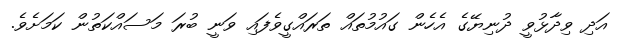
އަދި ވިދާޅުވީ ދުނިޔޭގެ އެހެން ގައުމުތައް ތަރައްގީވެފައި ވަނީ ބުރަ މަސައްކަތުން ކަމަށެވެ.